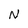
Character: N